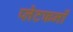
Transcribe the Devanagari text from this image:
प्‍लेटफर्मों